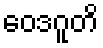
ဝေဒဂူတိ